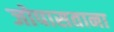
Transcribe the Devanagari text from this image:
जोपासताना